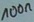
Text: 100n